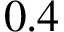
0 . 4